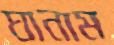
ঘানাম